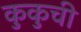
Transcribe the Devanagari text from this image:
कुकुची